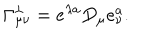
\Gamma _ { \mu \nu } ^ { \lambda } = e ^ { \lambda a } D _ { \mu } e _ { \nu } ^ { a } .